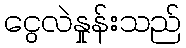
ငွေလဲနှုန်းသည်